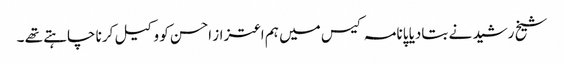
شیخ رشید نے بتادیا پانامہ کیس میں ہم اعتزاز احسن کو وکیل کرنا چاہتے تھے ۔